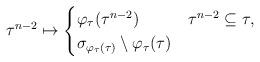
LaTeX: \begin{align*} \tau^{n-2} \mapsto \begin{cases} \varphi_\tau(\tau^{n-2}) & \tau^{n-2} \subseteq \tau, \\ \sigma_{\varphi_\tau(\tau)} \setminus {\varphi_\tau(\tau)} & \end{cases}\end{align*}